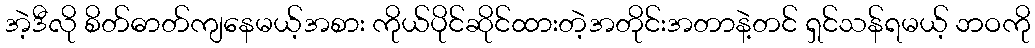
အဲ့ဒီလို စိတ်ဓာတ်ကျနေမယ့်အစား ကိုယ်ပိုင်ဆိုင်ထားတဲ့အတိုင်းအတာနဲ့တင် ရှင်သန်ရမယ့် ဘဝကို